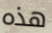
هذه